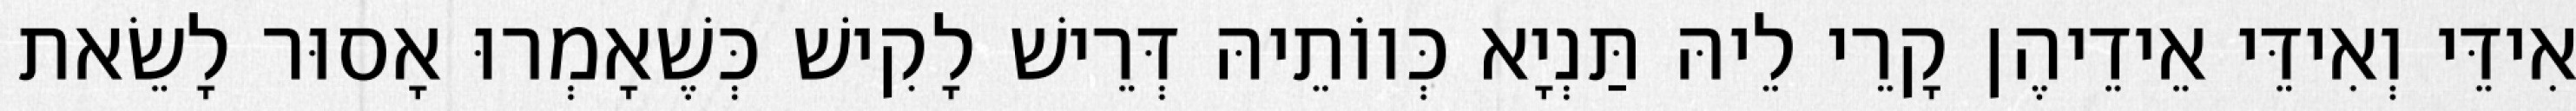
אִידֵּי וְאִידֵּי אֵידֵיהֶן קָרֵי לֵיהּ תַּנְיָא כְּווֹתֵיהּ דְּרֵישׁ לָקִישׁ כְּשֶׁאָמְרוּ אָסוּר לָשֵׂאת